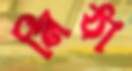
মিঠা